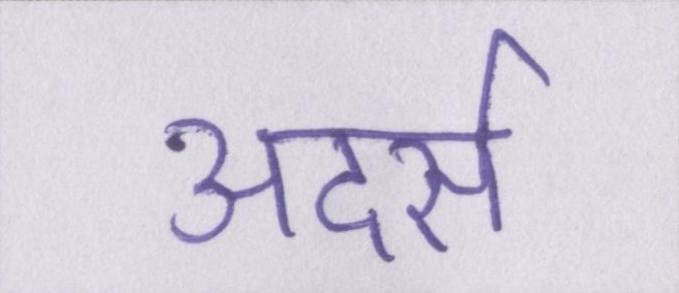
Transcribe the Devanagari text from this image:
अदर्स